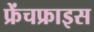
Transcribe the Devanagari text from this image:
फ्रेंचफ्राइस